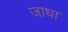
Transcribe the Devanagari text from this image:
जाधा